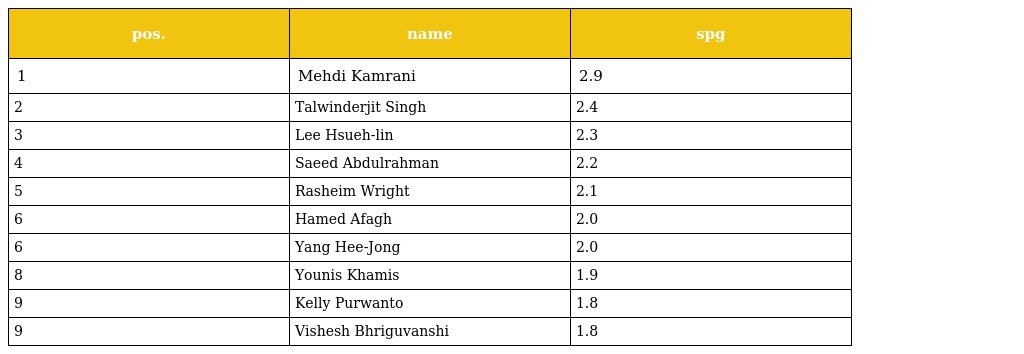
| pos. | name | spg |
 | --- | --- | --- |
 | 1 | Mehdi Kamrani | 2.9 |
 | 2 | Talwinderjit Singh | 2.4 |
 | 3 | Lee Hsueh-lin | 2.3 |
 | 4 | Saeed Abdulrahman | 2.2 |
 | 5 | Rasheim Wright | 2.1 |
 | 6 | Hamed Afagh | 2.0 |
 | 6 | Yang Hee-Jong | 2.0 |
 | 8 | Younis Khamis | 1.9 |
 | 9 | Kelly Purwanto | 1.8 |
 | 9 | Vishesh Bhriguvanshi | 1.8 |